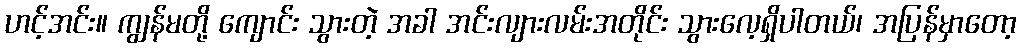
ဟင့်အင်း။ ကျွန်မတို့ ကျောင်း သွားတဲ့ အခါ အင်းလျားလမ်းအတိုင်း သွားလေ့ရှိပါတယ်၊ အပြန်မှာတော့